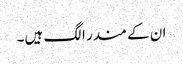
ان کے مندر الگ ہیں۔